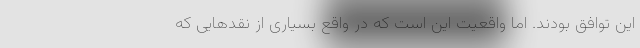
این توافق بودند. اما واقعیت این است که در واقع بسیاری از نقدهایی که